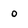
Character: 0